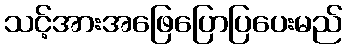
သင့်အားအဖြေပြောပြပေးမည်